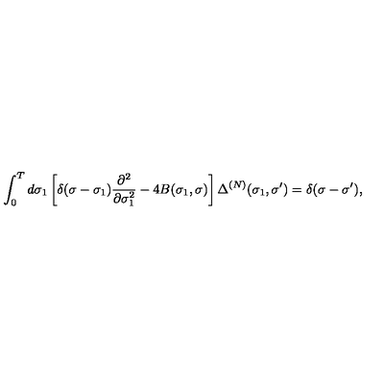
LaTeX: \int _ { 0 } ^ { T } d \sigma _ { 1 } \left[ \delta ( \sigma - \sigma _ { 1 } ) \frac { \partial ^ { 2 } } { \partial \sigma _ { 1 } ^ { 2 } } - 4 B ( \sigma _ { 1 } , \sigma ) \right] \Delta ^ { ( N ) } ( \sigma _ { 1 } , \sigma ^ { \prime } ) = \delta ( \sigma - \sigma ^ { \prime } ) ,